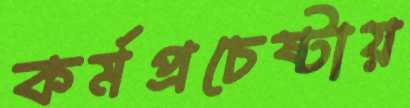
কর্মপ্রচেষ্টায়